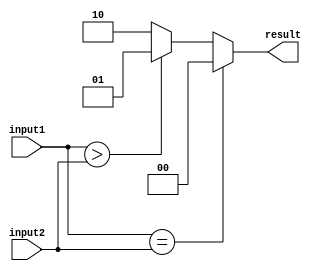
module comparator(
    input [63:0] input1,
    input [63:0] input2,
    output [1:0] result
);

assign result = (input1 == input2) ? 2'b00 :
                (input1 > input2) ? 2'b01 :
                2'b10;

endmodule